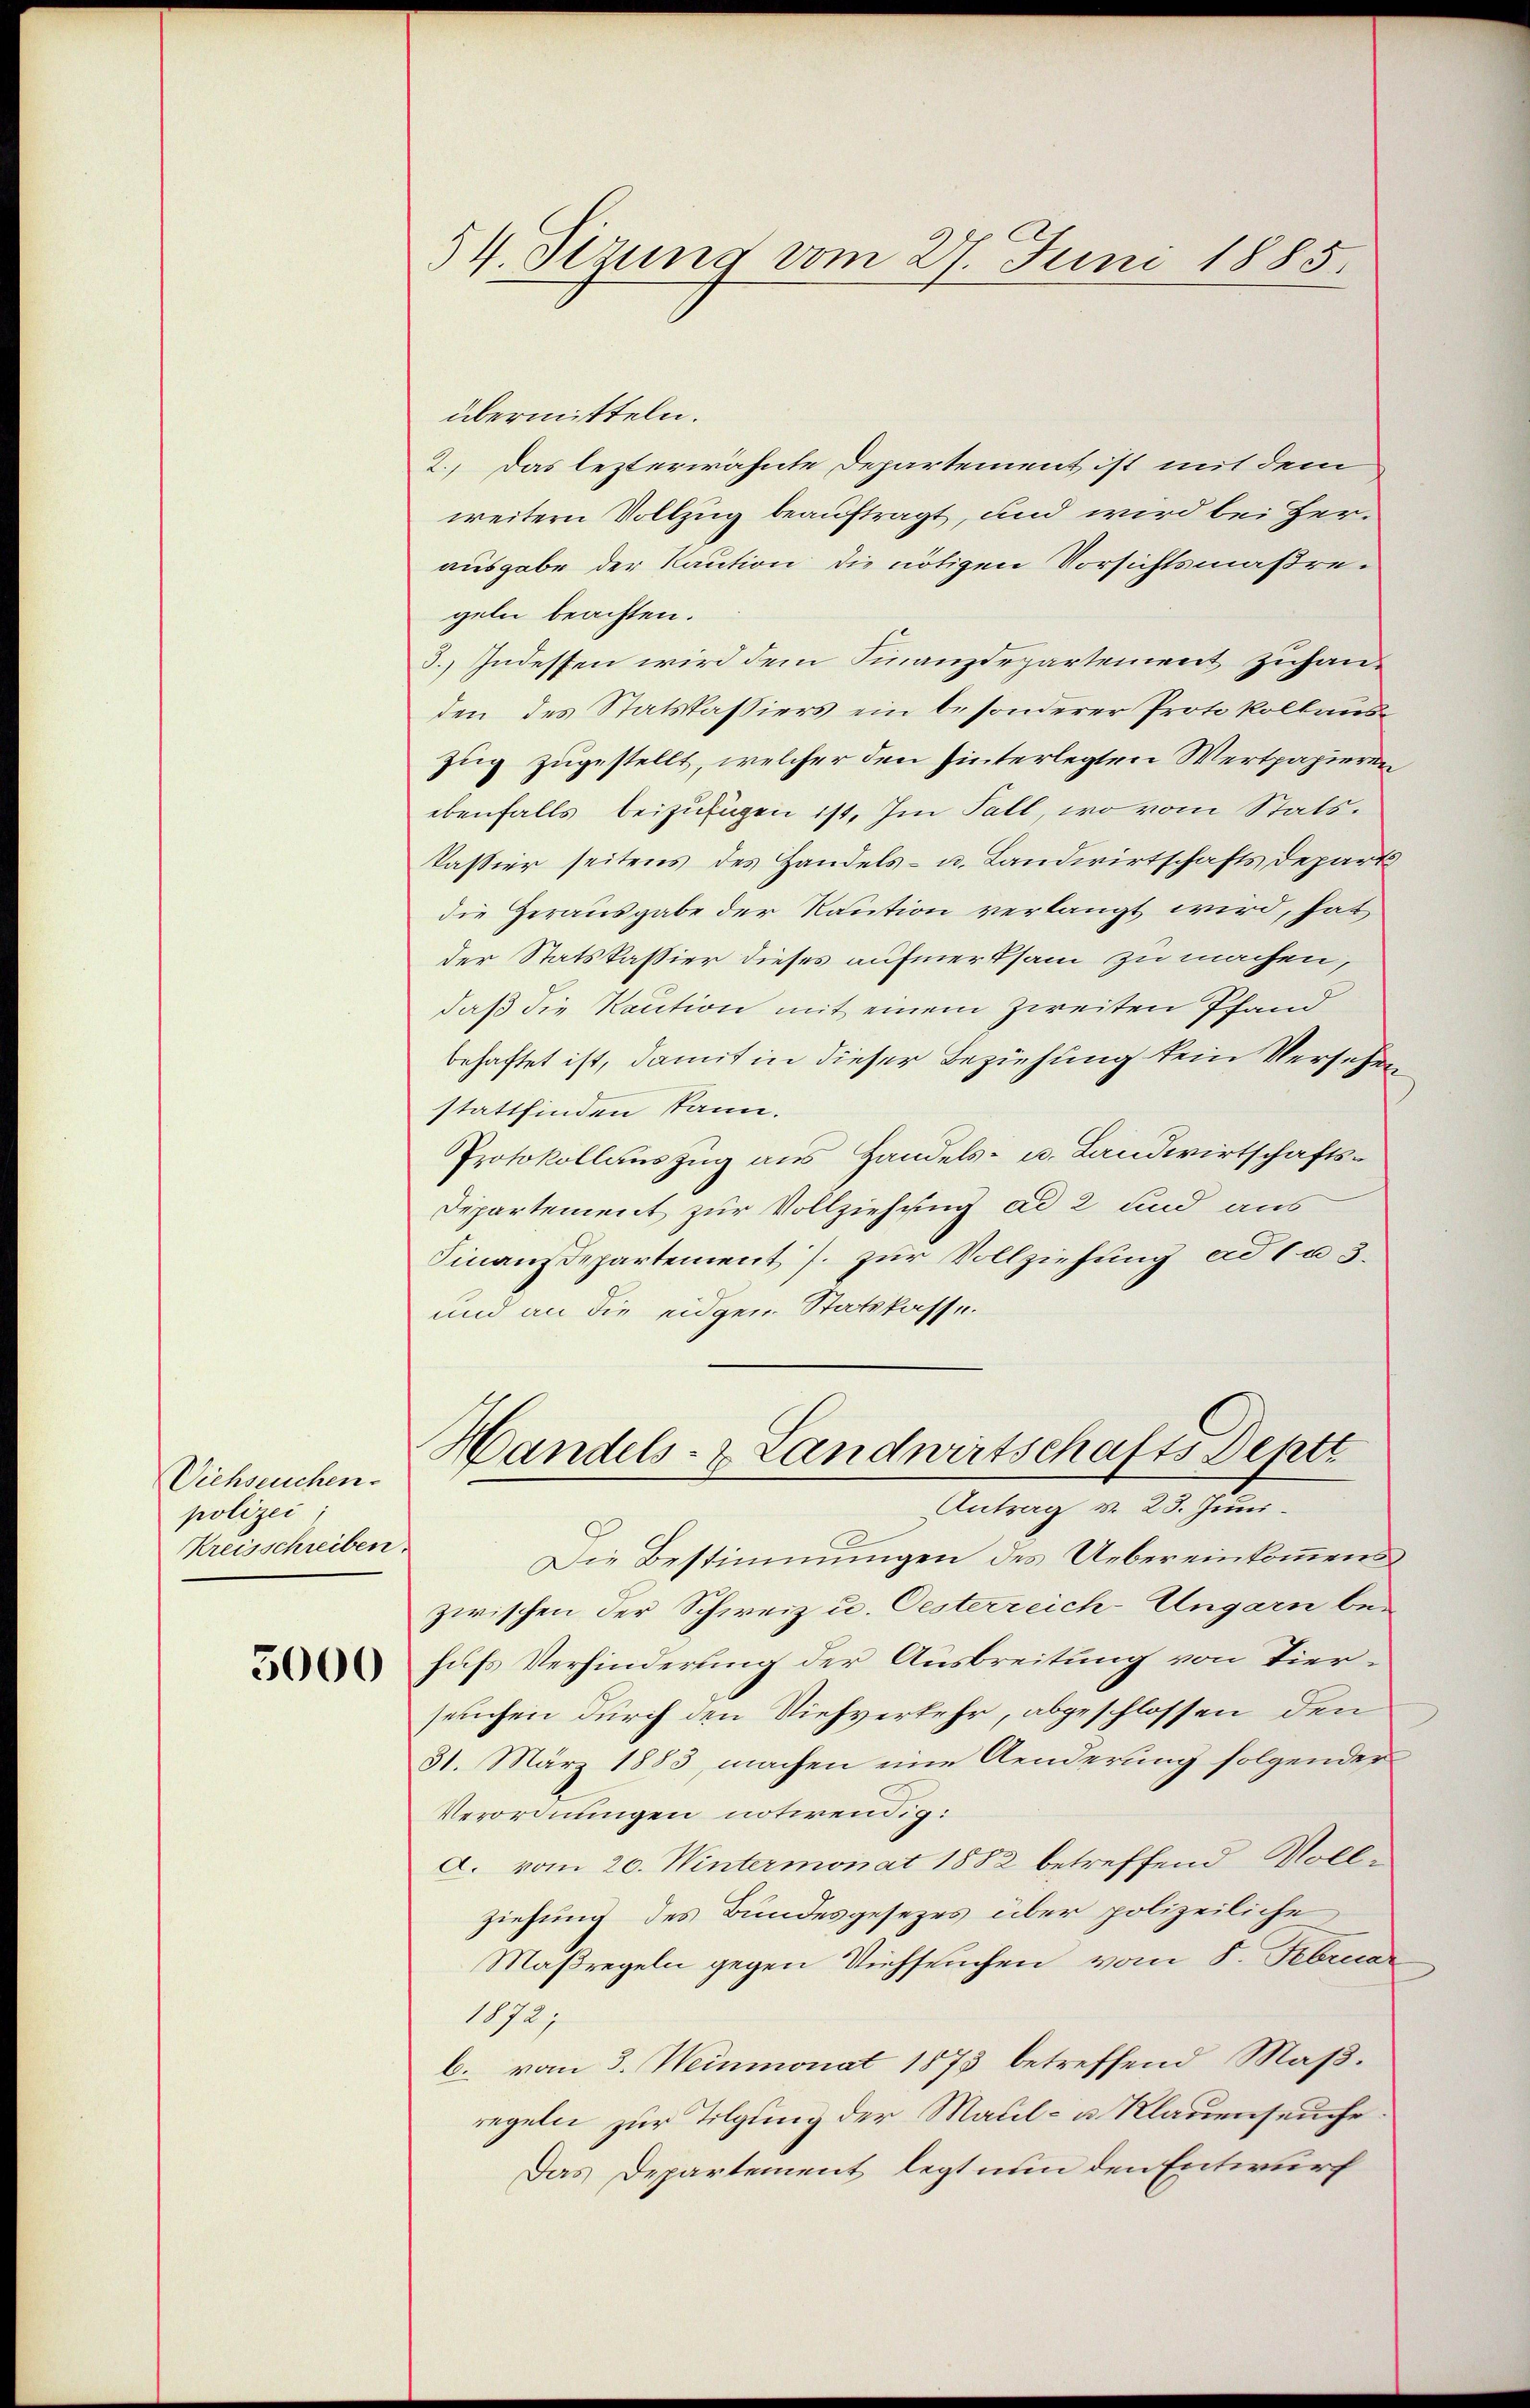
Viehseuchen.
polizei
Kreisschreiben.

5000

54. Sizung vom 27. Juni 1885.

übermitteln.
2.) Das lezterwähnte Departement ist mit dem
weitern Vollzug beauftragt, und wird bei Herausgabe der Kaution die nötigen Vorsichtsmaßregeln beachten.
3.) Indessen wird dem Finanzdepartement zuhanden des Statskassiers ein besonderer Protokollauszug zugestellt, welcher den hinterlegten Wertpapieren
ebenfalls beizufügen ist. Im Fall, wo vom Stats¬
Passier seitens des Handels- u. Landwirtschafts Depart
die Herausgabe der Kaution verlangt wird, hat
der Statskassier dieses aufmerksam zu machen,
daß die Kaution mit einem zweiten Pfand
behaftet ist, damit in dieser Beziehung kein Versehen
stattfinden kann.
Protokollauszug aus Handels- u. Landwirtschafts¬
Departement zur Vollziehung ad 2 und aus
Finanzdepartement J. zur Vollziehung ad 1 a 3.
und an die eidgen Statskasse.
Handels- & Landwirtschafts Deptt
Antrag v. 23. Juni.
Die Bestimmungen des Uebereinkommens
zwischen der Schweiz u. Oesterreich-Ungarn behufs Verhinderung der Ausbreitung von Vierseuchen durch den Viehverkehr, abgeschlossen, den
31. März 1883, machen eine Aenderung folgender
Verordnungen notwendig:
a. vom 20. Wintermonat 1882 betreffend Vollziehung des Bundesgesezes über polizeiliche
Maßregeln gegen Viehseuchen vom 8. Februar
1872,
b. vom 3. Weinmonat 1873 betreffend Maßregeln zur Tilgung der Maul- u. Klauenseuche.
Das Departement legt nun den Entwurf